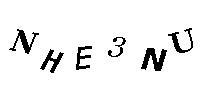
NHE3NU